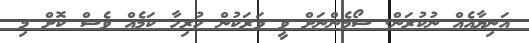
އަނިޔާއެއް ނުކުރަން. ސޯމެންނަށް ވީ ވަރަކުން ހުރިހާ ކަމެއް ވެސް ކޮށް މި